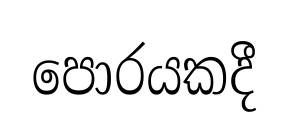
පොරයකදී